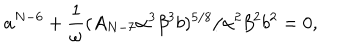
a ^ { N - 6 } + \frac { 1 } { \omega } ( A _ { N - 7 } \alpha ^ { 3 } \beta ^ { 3 } b ) ^ { 5 / 8 } / \alpha ^ { 2 } \beta ^ { 2 } b ^ { 2 } = 0 ,